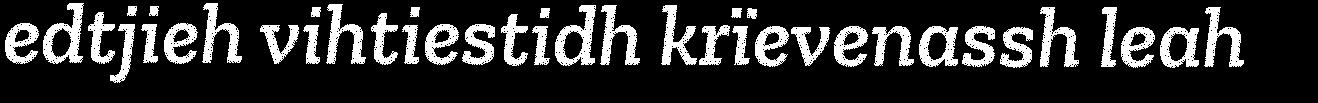
edtjieh vihtiestidh krïevenassh leah